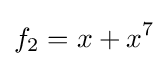
f_{2}=x+x^{7}